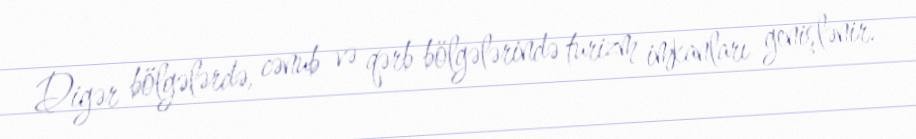
Digər bölgələrdə, cənub və qərb bölgələrində turizm imkanları genişlənir.